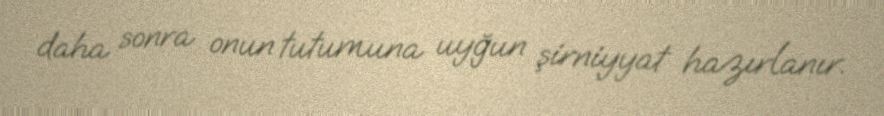
daha sonra onun tutumuna uyğun şirniyyat hazırlanır.